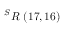
^ { S } R \ ( 1 7 , 1 6 )